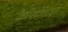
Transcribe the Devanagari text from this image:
कैपिटोलाइन